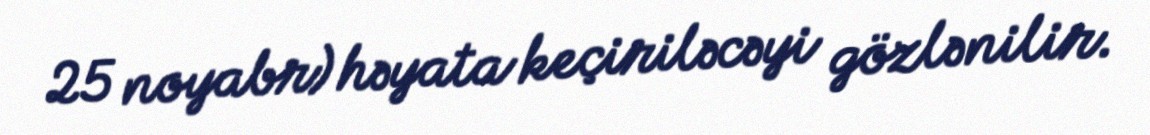
25 noyabr) həyata keçiriləcəyi gözlənilir.